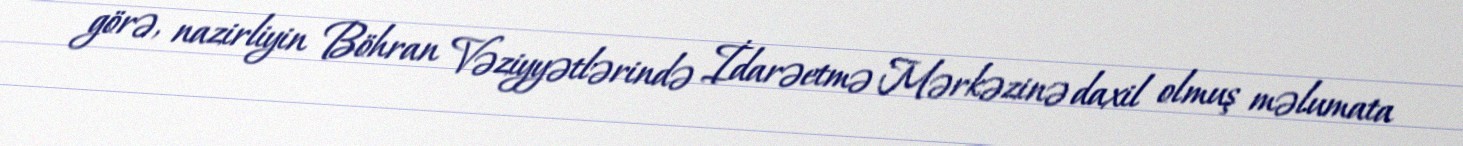
görə, nazirliyin Böhran Vəziyyətlərində İdarəetmə Mərkəzinə daxil olmuş məlumata